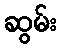
ဆွမ်း